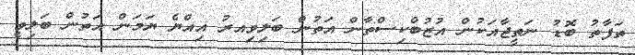
ތަފާތު ބޮޑު ނަތީޖާއަކުން އުޒުބްކިސްތާން އަތުން ބަލިވިއރު އިއްޔެ ޔަމަން އަތުން ބަލިވީ